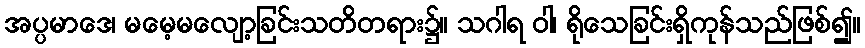
အပ္ပမာဒေ၊ မမေ့မလျော့ခြင်းသတိတရား၌။ သဂါရ ဝါ၊ ရိုသေခြင်းရှိကုန်သည်ဖြစ်၍။